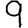
Digit: 9